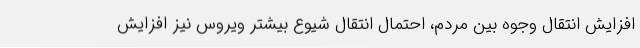
افزایش انتقال وجوه بین مردم، احتمال انتقال شیوع بیشتر ویروس نیز افزایش